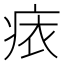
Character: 𧙜